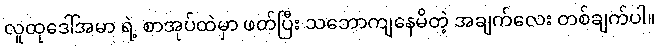
လူထုဒေါ်အမာ ရဲ့ စာအုပ်ထဲမှာ ဖတ်ပြီး သဘောကျနေမိတဲ့ အချက်လေး တစ်ချက်ပါ။